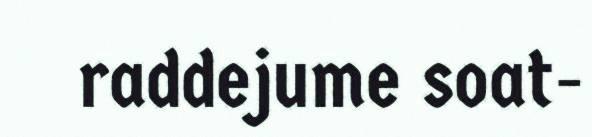
raddejume soat-